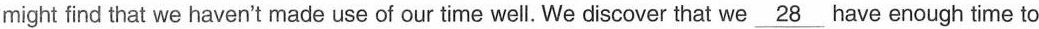
might find that we haven't made use of our time well.We discover that we \underline{28} have enough time to